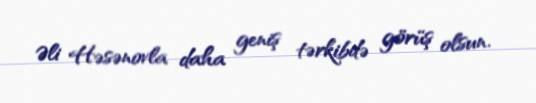
Əli Həsənovla daha geniş tərkibdə görüş olsun.